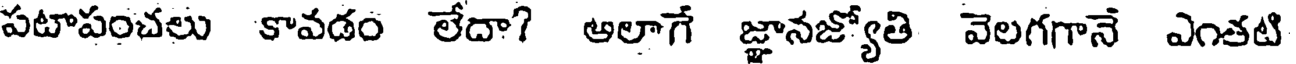
పటాపంచలు కావడం లేదా? అలాగే జ్ఞానజ్యోతి వెలగగానే ఎంతటి